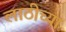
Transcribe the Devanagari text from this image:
लाठीच्या